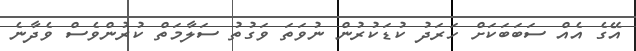
އޭގެ އެއް ސަބަބަކަށް ހަރަދު ކުޑަކުރުން ނުވަތަ ވަގުތު ސަލާމަތް ކުރުންވެސް ވެދާނެ